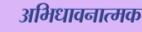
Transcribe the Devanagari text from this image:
अभिधावनात्मक